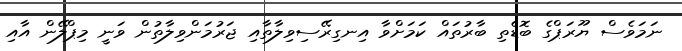
ނަމަވެސް ޔޫރަޕްގެ ބޮޑެތި ބާރުތައް ކަމަށްވާ އިނގިރޭސިވިލާތާއި ޖަރުމަންވިލާތުން ވަނީ މިޕްލޭން އާއި